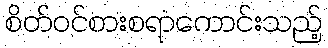
စိတ်ဝင်စားစရာကောင်းသည့်